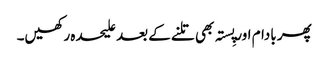
پھر بادام اور پِستہ بھی تلنے کے بعد علیحدہ رکھیں۔